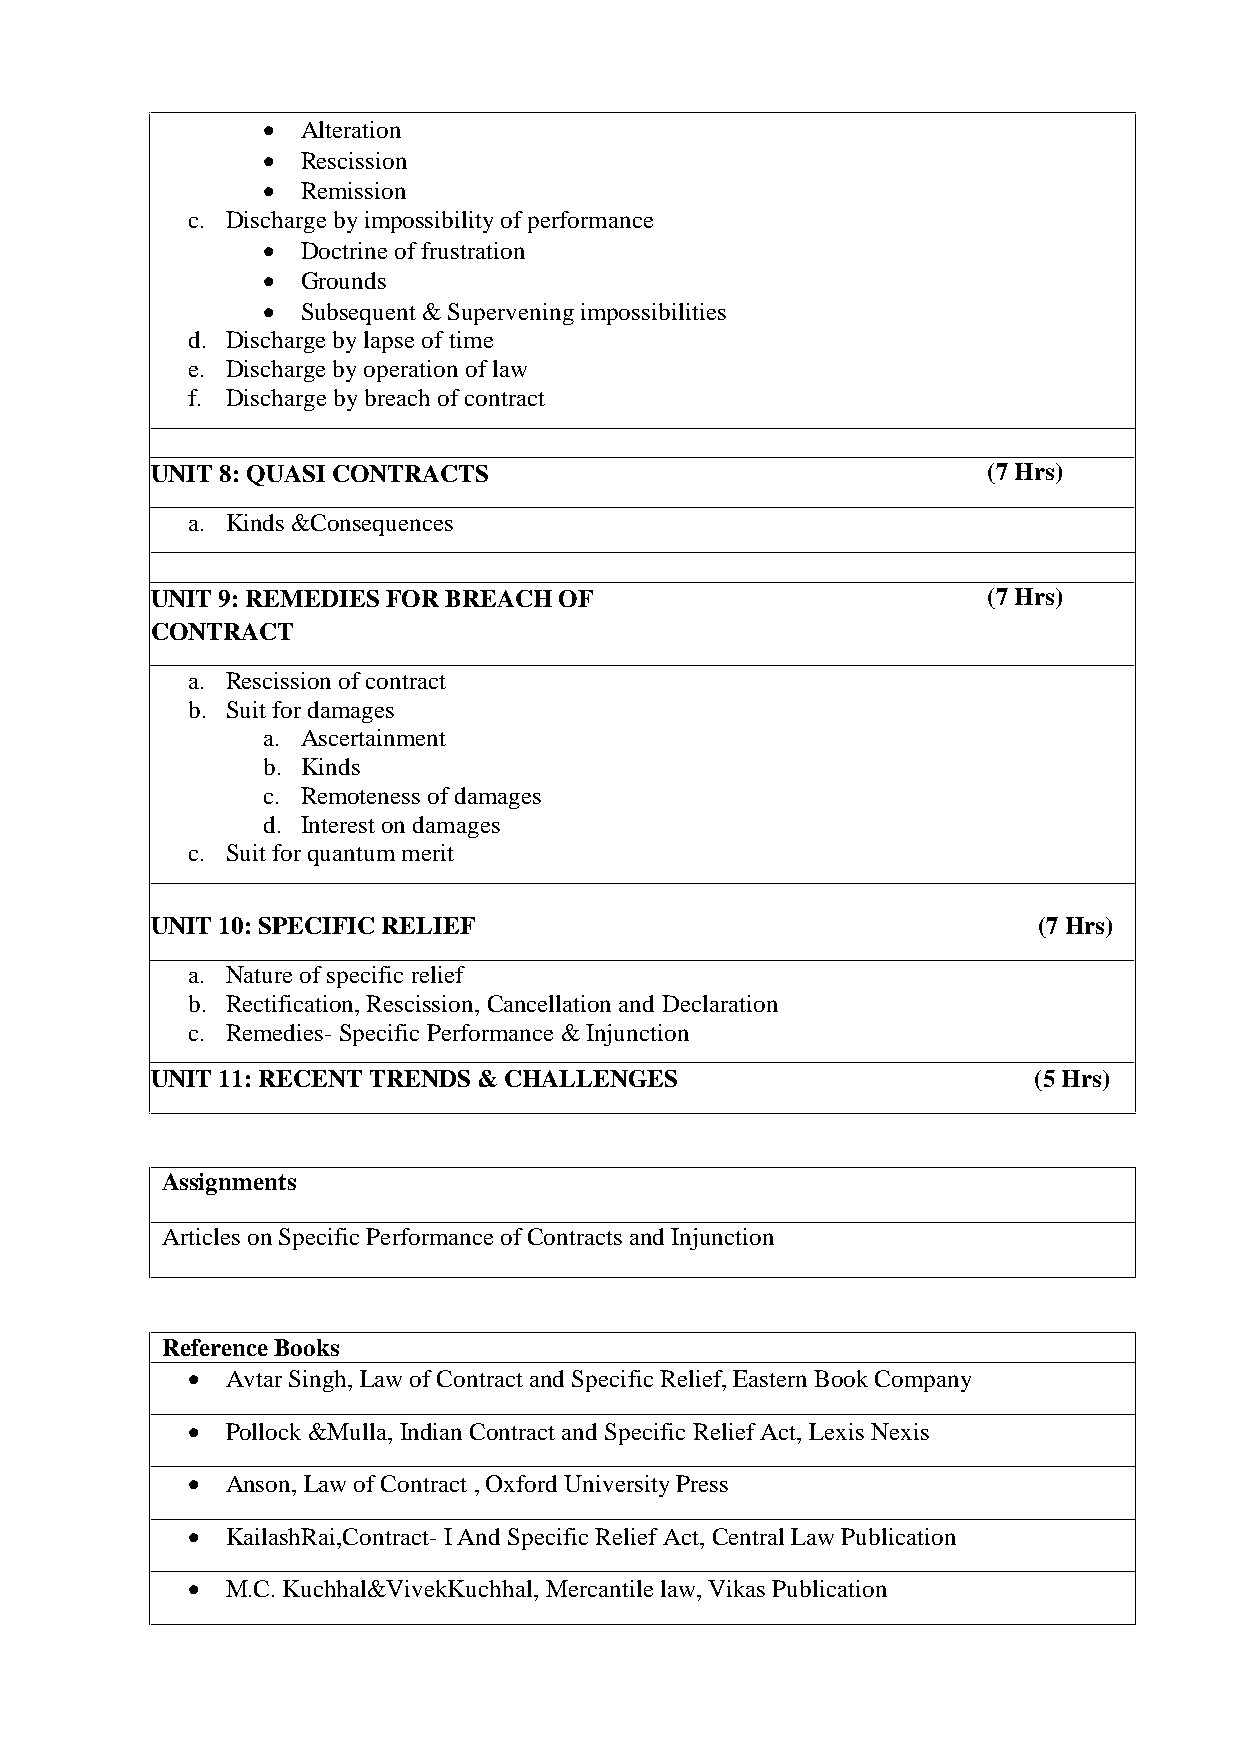
  Alteration
   Rescission
   Remission
 c. Discharge by impossibility of performance
   Doctrine of frustration
   Grounds
   Subsequent & Supervening impossibilities
 d. Discharge by lapse of time
 e. Discharge by operation of law
 f. Discharge by breach of contract
 UNIT 8: QUASI CONTRACTS                                (7Hrs)
 a. Kinds &Consequences
 UNIT 9: REMEDIES FOR BREACH OF                         (7Hrs)
 CONTRACT
 a. Rescission of contract
 b. Suit for damages
 a. Ascertainment
 b. Kinds
 c. Remoteness of damages
 d. Interest on damages
 c. Suit for quantum merit
 UNIT 10: SPECIFIC RELIEF                                   (7 Hrs)
 a. Nature of specific relief
 b. Rectification, Rescission, Cancellation and Declaration
 c. Remedies-Specific Performance & Injunction
 UNIT 11: RECENT TRENDS & CHALLENGES                       (5Hrs)
 Assignments
 Articles on Specific Performance of Contracts and Injunction
 ReferenceBooks
   Avtar Singh, Law of Contract and Specific Relief, Eastern Book Company
   Pollock &Mulla, Indian Contract and Specific Relief Act, Lexis Nexis
   Anson, Law of Contract , Oxford University Press
   KailashRai,Contract- I And Specific Relief Act, Central Law Publication
   M.C. Kuchhal&VivekKuchhal, Mercantile law, Vikas Publication